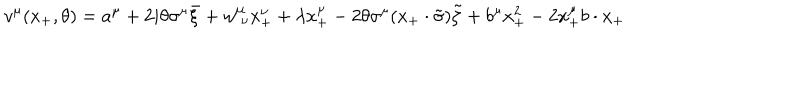
LaTeX: v ^ { \mu } ( x _ { + } , \theta ) = a ^ { \mu } + 2 i \theta \sigma ^ { \mu } \bar { \xi } + w _ { ~ \nu } ^ { \mu } x _ { + } ^ { \nu } + \lambda x _ { + } ^ { \mu } - 2 \theta \sigma ^ { \mu } ( x _ { + } \cdot \tilde { \sigma } ) \tilde { \zeta } + b ^ { \mu } x _ { + } ^ { 2 } - 2 x _ { + } ^ { \mu } b \cdot x _ { + }